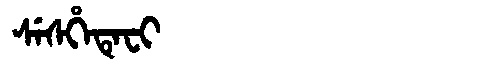
Manchu: ᠰᡝᠰᡥᡝᡨᡝᠸᡳ
Romanization: SESHETEFI